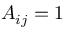
A _ { i j } = 1